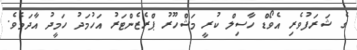
ގެ ޝަރަފުވެރި އެވޯޑް ހާސިލް ކުރީ މަޝްހޫރު ޕްރެޒެންޓަރު އަހުމަދު ހަމީދު އާދަމެވެ.